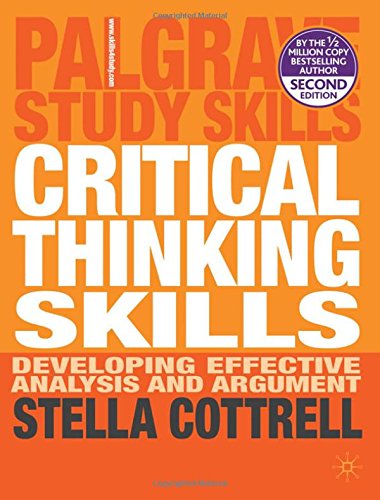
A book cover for Critical Thinking Skills: Developing Effective Analysis and Argument (Palgrave Study Skills); Stella Cottrell; Politics & Social Sciences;